Leaving Certificate Examination (including Day School Certificate (Higher) General paper), 1931
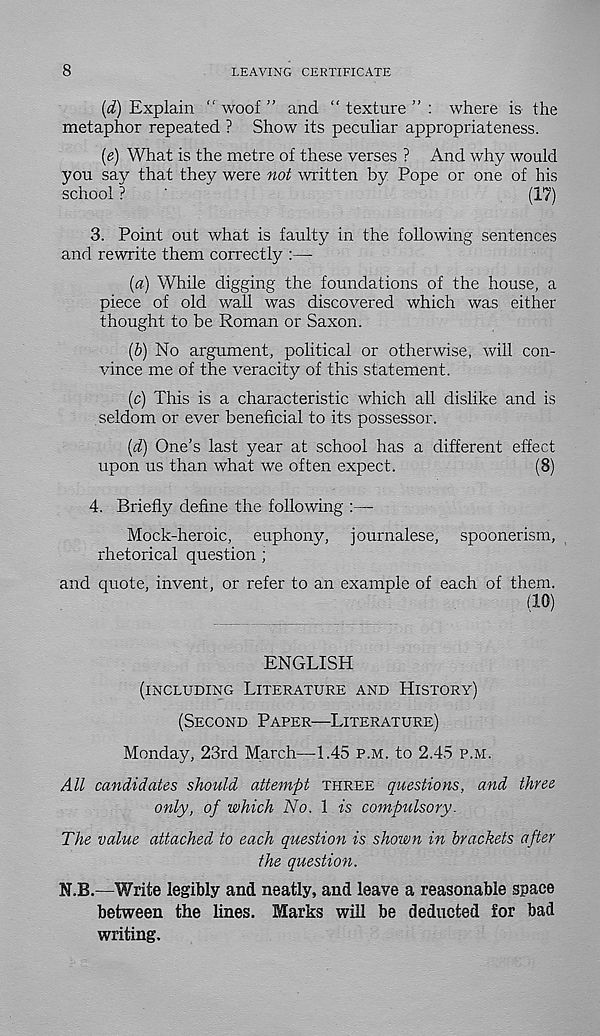
8
LEAVING CERTIFICATE
{d) Explain “ woof ” and “ texture ” : where is the
metaphor repeated ? Show its peculiar appropriateness.
(e) What is the metre of these verses ? And why would
you say that they were not written by Pope or one of his
school ?
'
(17)
3. Point out what is faulty in the following sentences
and rewrite them correctly :—
{a) While digging the foundations of the house, a
piece of old wall was discovered which was either
thought to be Roman or Saxon.
(&) No argument, political or otherwise, will con-
vince me of the veracity of this statement.
(c) This is a characteristic which all dislike and is
seldom or ever beneficial to its possessor.
(d) One’s last year at school has a different effect
upon us than what we often expect.
(8)
4. Briefly define the following :—
Mock-heroic, euphony, journalese, spoonerism,
rhetorical question ;
and quote, invent, or refer to an example of each of them.
(10)
ENGLISH
(INCLUDING LITERATURE AND HISTORY)
(SECOND PAPER—LITERATURE)
Monday, 23rd March—1.45 P.M. to 2.45 P.M.
All candidates should attempt THREE questions, and three
only, of which No. 1 is compulsory.
The value attached to each question is shown in brackets after
the question.
N.B.—Write legibly and neatly, and leave a reasonable space
between the lines. Marks will be deducted for bad
writing.